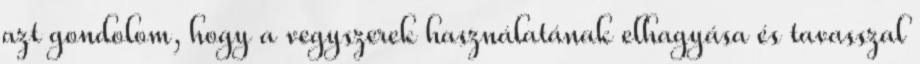
azt gondolom, hogy a vegyszerek használatának elhagyása és tavasszal